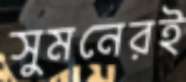
সুমনেরই